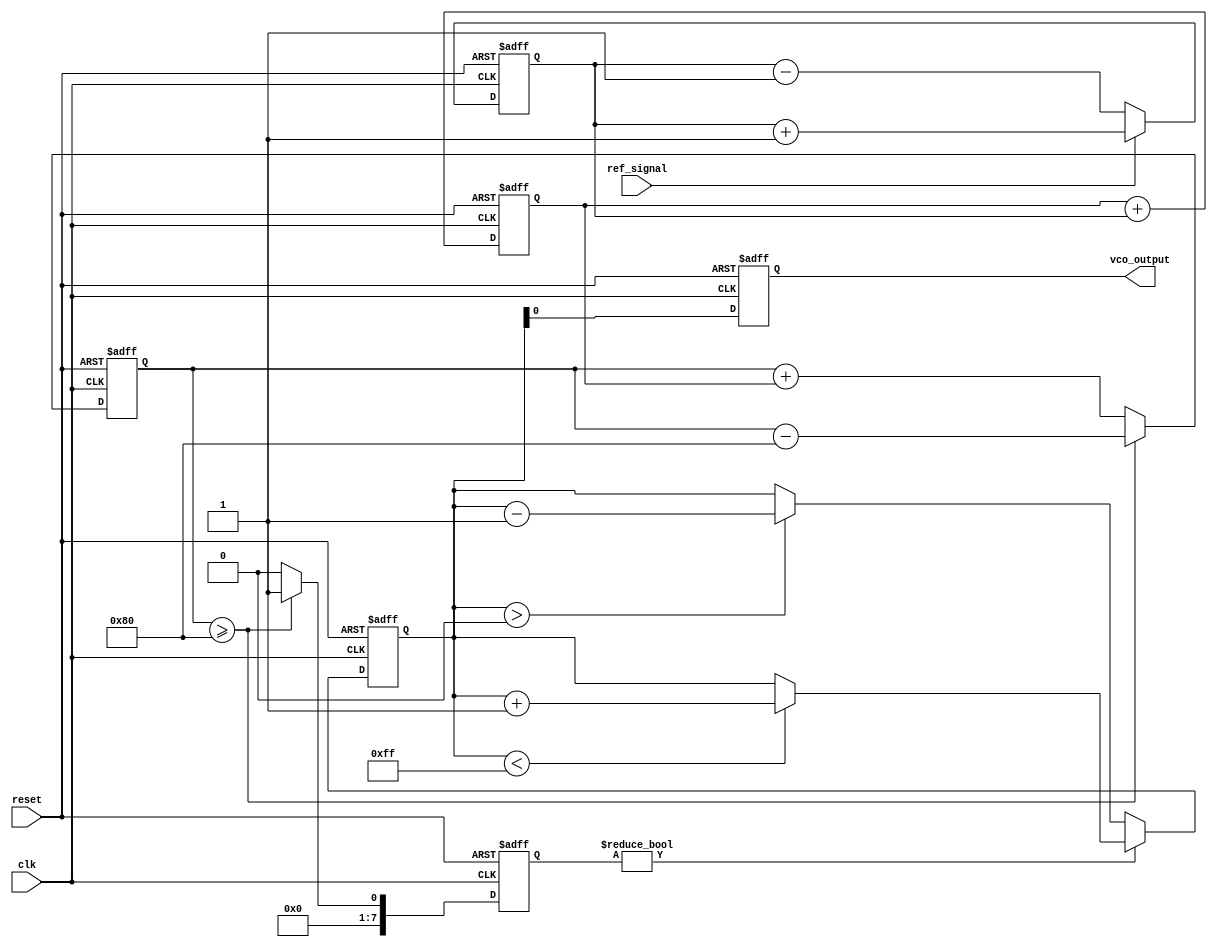
module sigma_delta_pll (
    input wire clk,                // System clock
    input wire reset,              // Reset signal
    input wire ref_signal,         // Reference input signal
    output reg vco_output          // VCO output signal
);

// Parameters
parameter N = 8;                  // Bit width for the sigma-delta modulator
parameter VCO_MAX = 255;          // Maximum VCO output value
parameter VCO_MIN = 0;            // Minimum VCO output value

// Internal signals
reg [N-1:0] phase_error;          // Phase error from phase detector
reg [N-1:0] control_voltage;       // Control voltage from loop filter
reg [N-1:0] vco_control;           // VCO control signal
reg [N-1:0] sigma_delta_out;       // Output of sigma-delta modulator
reg [N-1:0] integrator;            // Integrator for sigma-delta modulator

// Phase Detector
always @(posedge clk or posedge reset) begin
    if (reset) begin
        phase_error <= 0;
    end else begin
        // Simple phase detector logic (PWM generation)
        if (ref_signal) begin
            phase_error <= phase_error + 1; // Increment if reference signal is high
        end else begin
            phase_error <= phase_error - 1; // Decrement if reference signal is low
        end
    end
end

// Loop Filter (Simple Integrator)
always @(posedge clk or posedge reset) begin
    if (reset) begin
        control_voltage <= 0;
    end else begin
        control_voltage <= control_voltage + phase_error; // Integrate phase error
    end
end

// Sigma-Delta Modulator
always @(posedge clk or posedge reset) begin
    if (reset) begin
        integrator <= 0;
        sigma_delta_out <= 0;
    end else begin
        integrator <= integrator + control_voltage; // Integrate control voltage
        if (integrator >= (1 << (N-1))) begin
            sigma_delta_out <= 1; // Output high if integrator exceeds threshold
            integrator <= integrator - (1 << (N-1)); // Reduce integrator
        end else begin
            sigma_delta_out <= 0; // Output low
        end
    end
end

// Voltage-Controlled Oscillator (VCO)
always @(posedge clk or posedge reset) begin
    if (reset) begin
        vco_control <= VCO_MIN; // Initialize VCO control
        vco_output <= 0;         // Initialize VCO output
    end else begin
        // Update VCO control based on sigma-delta output
        if (sigma_delta_out) begin
            if (vco_control < VCO_MAX) begin
                vco_control <= vco_control + 1; // Increase VCO control
            end
        end else begin
            if (vco_control > VCO_MIN) begin
                vco_control <= vco_control - 1; // Decrease VCO control
            end
        end
        // Generate VCO output based on control voltage
        vco_output <= vco_control; // Output VCO control value
    end
end

endmodule